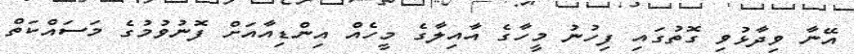
އޭނާ ވިދާޅުވި ގޮތުގައި ފިހުނު މީހާގެ އާއިލާގެ މީހެއް އިންޑިއާއަށް ފޮނުވުމުގެ މަސައްކަތް